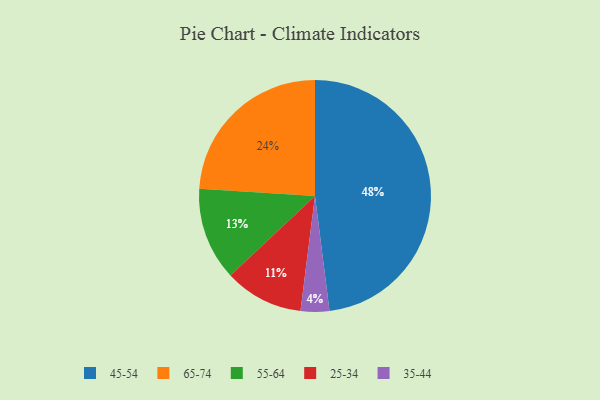
{"axis": {"x": "Category", "y": "Percentage"}, "legend": ["25-34", "35-44", "45-54", "55-64", "65-74"], "data": [{"x": "25-34", "y": 11, "type": "25-34"}, {"x": "65-74", "y": 24, "type": "65-74"}, {"x": "45-54", "y": 48, "type": "45-54"}, {"x": "35-44", "y": 4, "type": "35-44"}, {"x": "55-64", "y": 13, "type": "55-64"}]}